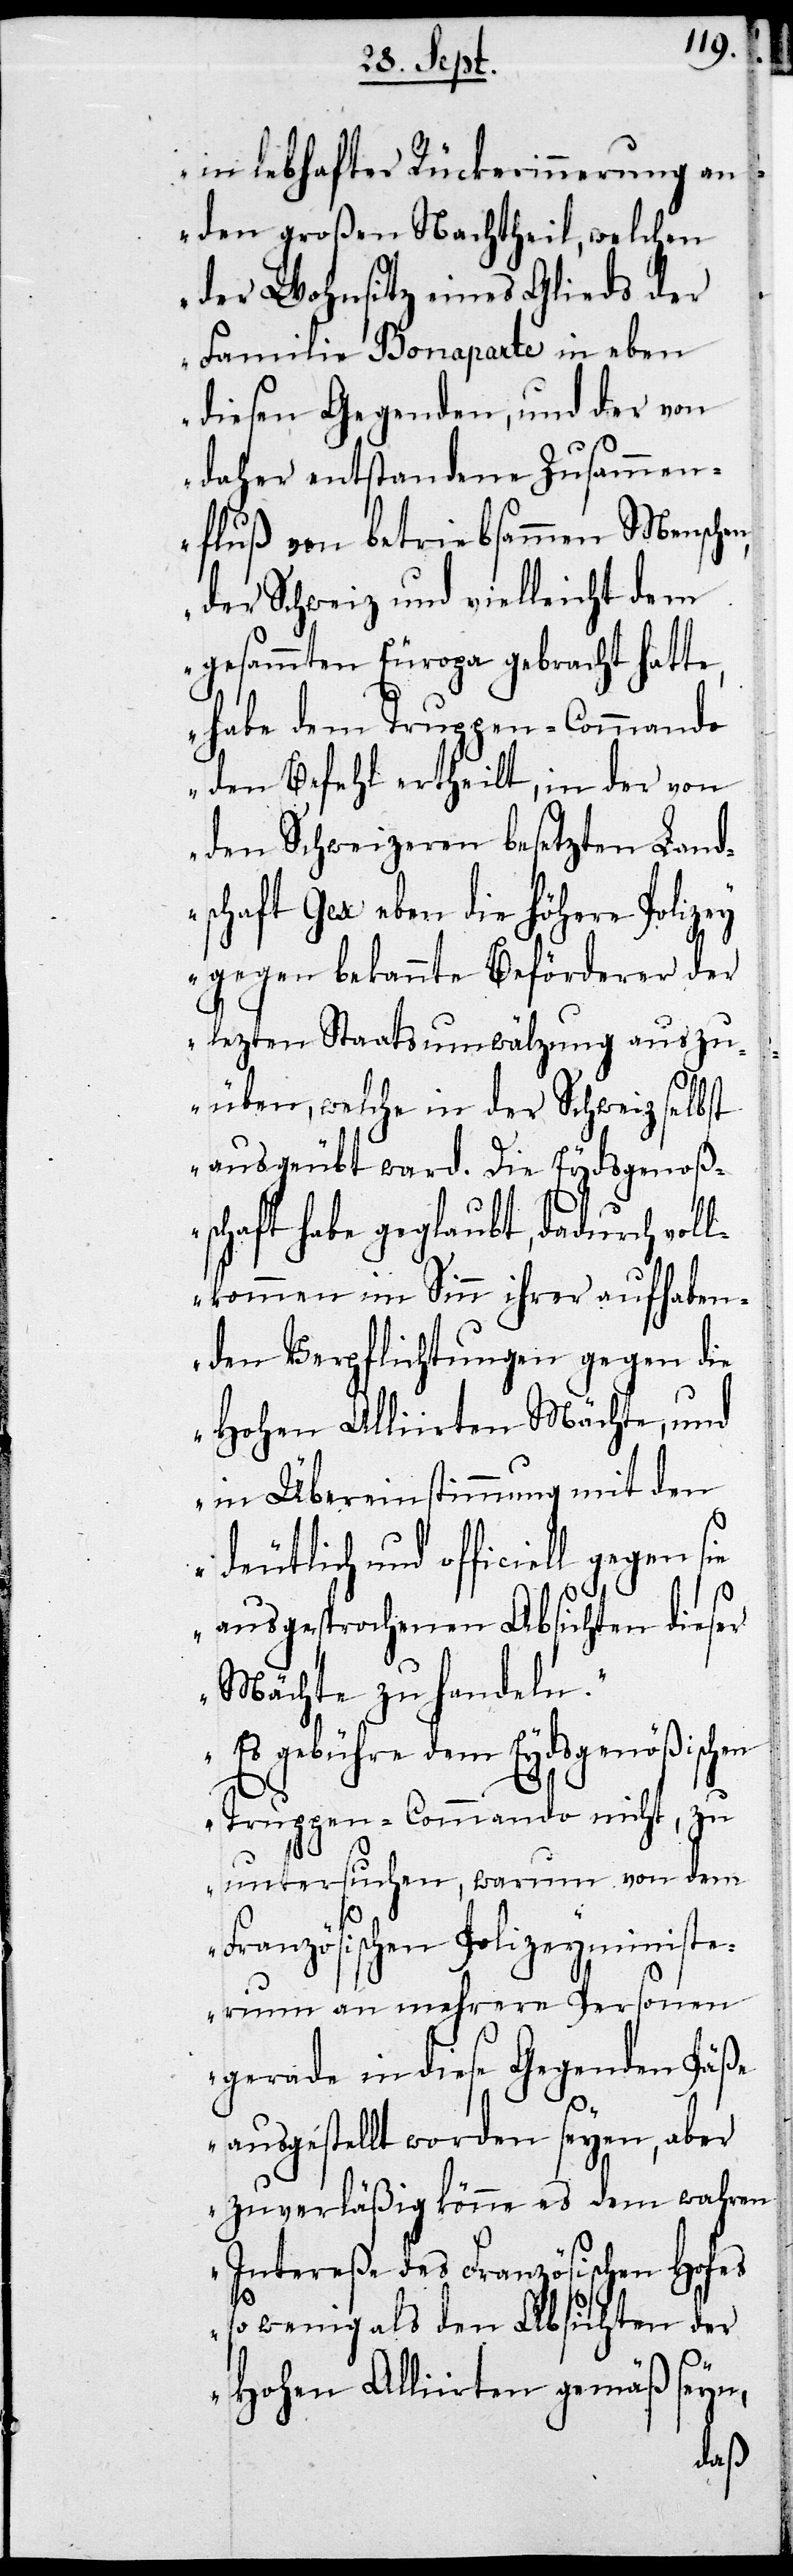
in lebhafter Rückerinnerung an
den großen Nachtheil, welchen
der Wohnsitz eines Glieds der
Familie Bonaparte in eben
diesen Gegenden, und der von
daher entstandene Zusammen¬
fluß von betriebsammen Menschen,
der Schweiz und vielleicht dem
gesammten Europa gebracht hatte,
habe dem Truppen-Commando
den Befehl ertheilt, in der von
den Schweizeren besetzten Land¬
schaft Gex eben die höhere Polizey
gegen bekannte Beförderer der
letzten Staatsumwälzung auszu¬
üben, welche in der Schweiz selbst
ausgeübt ward. Die Eydsgenoßen¬
schaft habe geglaubt, dadurch vol¬
lkommen im Sinn ihrer aufhaben¬
den Verpflichtungen gegen die
Hohen Alliirten Mächte, und
in Übereinstimmung mit den
deutlich und officiell gegen
ausgesprochenen Absichten dieser
Mächte zu handeln.
Es gebühre dem Eydsgenößichen
Truppen-Commando nicht, zu
untersuchen, warum von dem
Französischen Polizeyministe¬
rium an mehrere Personen
gerade in diesen Gegenden Päße
ausgestellt worden seyen, aber
zuverläßig könne es dem wahren
Intereße des Französischen Hofes
so wenig als den Absichten der
Hohen Alliirten gemäß seyn,